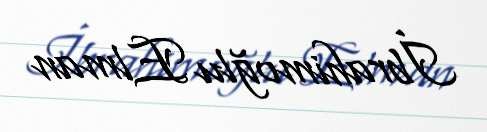
İbrahimoğlu Elman